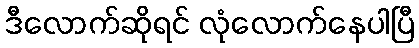
ဒီလောက်ဆိုရင် လုံလောက်နေပါပြီ